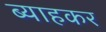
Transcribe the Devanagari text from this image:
ब्याहकर